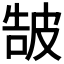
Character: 𤿩